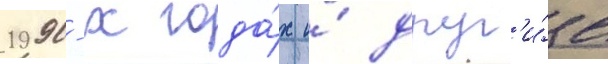
1990-х года́х и́ друг'и́е